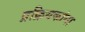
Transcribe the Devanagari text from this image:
प्रक्रियकांना